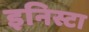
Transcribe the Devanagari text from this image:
इनिस्टा